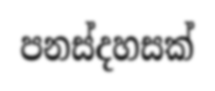
පනස්දහසක්